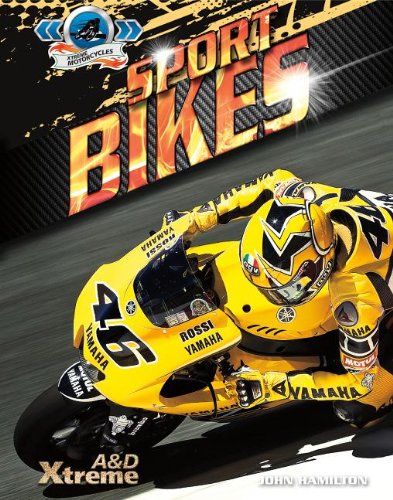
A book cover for Sport Bikes (A & D Xtreme: Xtreme Motorcycles); John Hamilton; Children's Books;